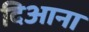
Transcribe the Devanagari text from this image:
दिआना